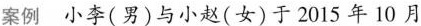
案例小李(男)与小赵(女)于2015年10月